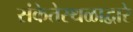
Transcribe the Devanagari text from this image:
संकेतेस्थळाद्वारे